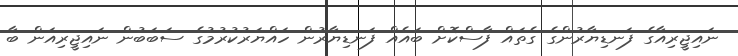
ނައިޖީރިއާގެ ފަނޑިޔާރުންގެ ގެތައް ފާސްކޮށް ބައެއް ފަނޑިޔާރުން ހައްޔަރުކުރުމުގެ ސަބަބުން ނައިޖީރިއަން ބާ